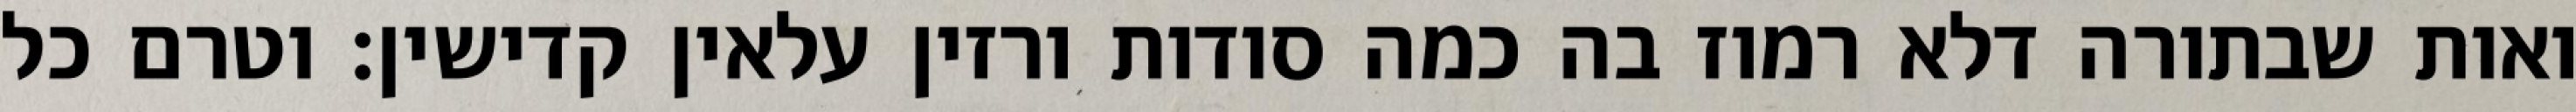
ואות שבתורה דלא רמוז בה כמה סודות ורזין עלאין קדישין: וטרם כל